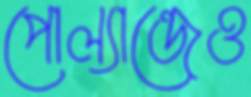
পোল্যান্ডেও